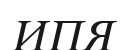
ИПЯ